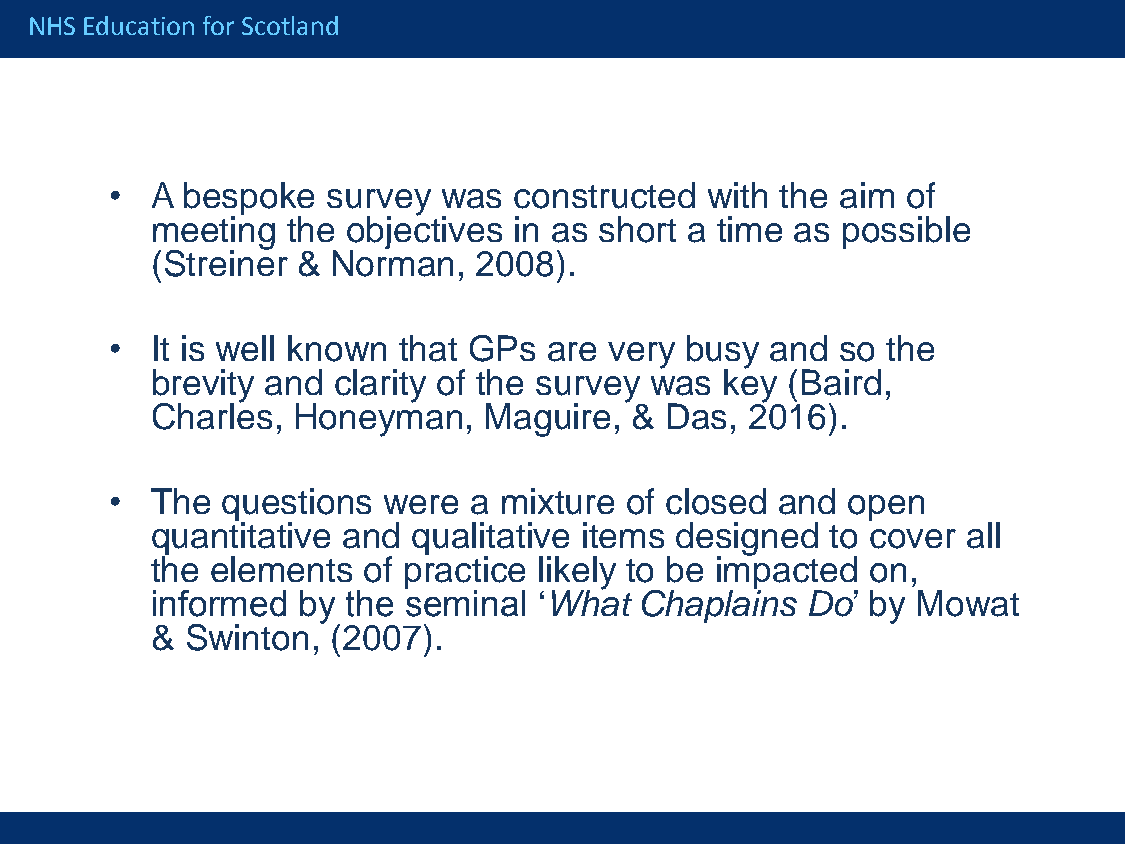
NHS Education for Scotland
 •  A bespoke   survey was  constructed  with the aim of
 meeting  the objectives in as short a time as possible
 (Streiner & Norman,   2008).
 •  It is well known that GPs are very busy  and  so the
 brevity and clarity of the survey was key (Baird,
 Charles, Honeyman,    Maguire,  & Das,  2016).
 •  The  questions were  a mixture of closed  and open
 quantitative and qualitative items designed  to cover all
 the elements  of practice likely to be impacted on,
 informed  by the seminal  ‘What Chaplains  Do’ by  Mowat
 & Swinton,  (2007).